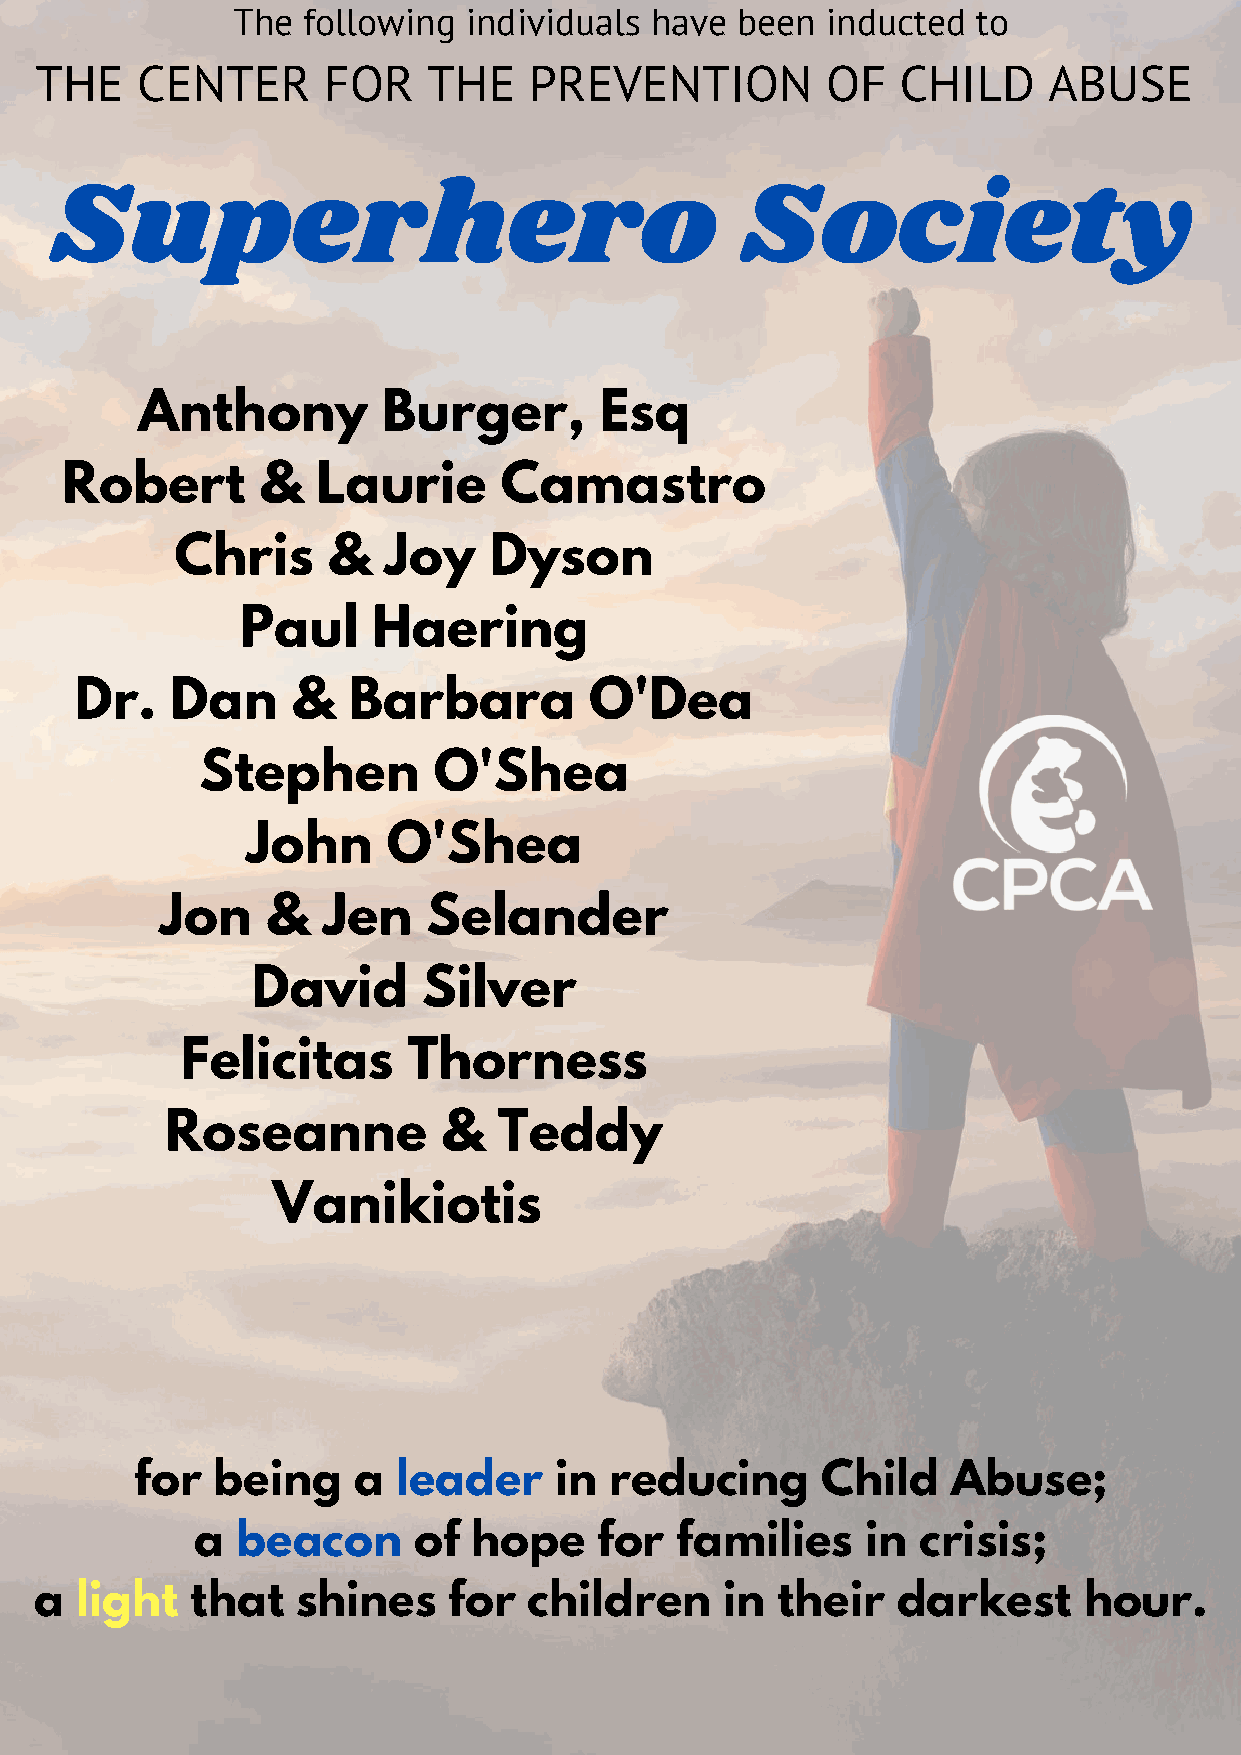
The  following  individuals have  been  inducted  to
 THE    CENTER      FOR    THE    PREVENTION          OF   CHILD    ABUSE
 Superhero                                     Society
 Anthony         Burger,        Esq
 Robert       &   Laurie      Camastro
 Chris     &  Joy    Dyson
 Paul     Haering
 Dr.   Dan     &   Barbara         O'Dea
 Stephen         O'Shea
 John      O'Shea
 Jon    &  Jen    Selander
 David      Silver
 Felicitas      Thorness
 Roseanne          &   Teddy
 Vanikiotis
 for  being    a  leader     in reducing      Child    Abuse;
 a  beacon     of  hope     for  families    in  crisis;
 a  light   that   shines    for  children     in their   darkest      hour.